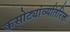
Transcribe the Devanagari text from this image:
कसोट्यांव्यतिरिक्त